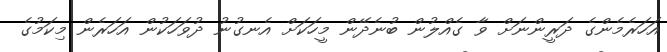
އަހަރެމެންގެ ދަރީންނަށް ވާ ގެއްލުން ބުނެދޭން މީހަކަށް އެނގުނު ދުވަހަކުން އަހަރެން މިކަމުގެ